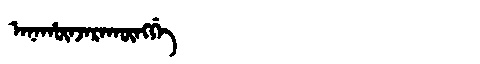
Manchu: ᠠᠨᠠᡥᡡᠨᠵᠠᡵᠠᡴᡡᠩᡤᡝ
Romanization: ANAHŪNJARAKŪNGGE